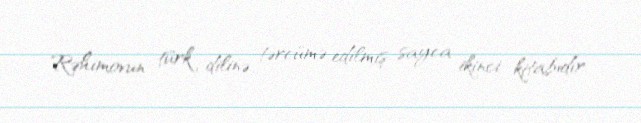
Rəhimovun türk dilinə tərcümə edilmiş sayca ikinci kitabıdır.